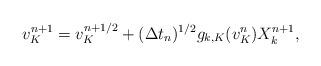
LaTeX: \begin{align*}v^{n+1}_K=v^{n+1/2}_K+(\Delta t_n)^{1/2} g_{k,K}(v^n_K)X^{n+1}_k,\end{align*}